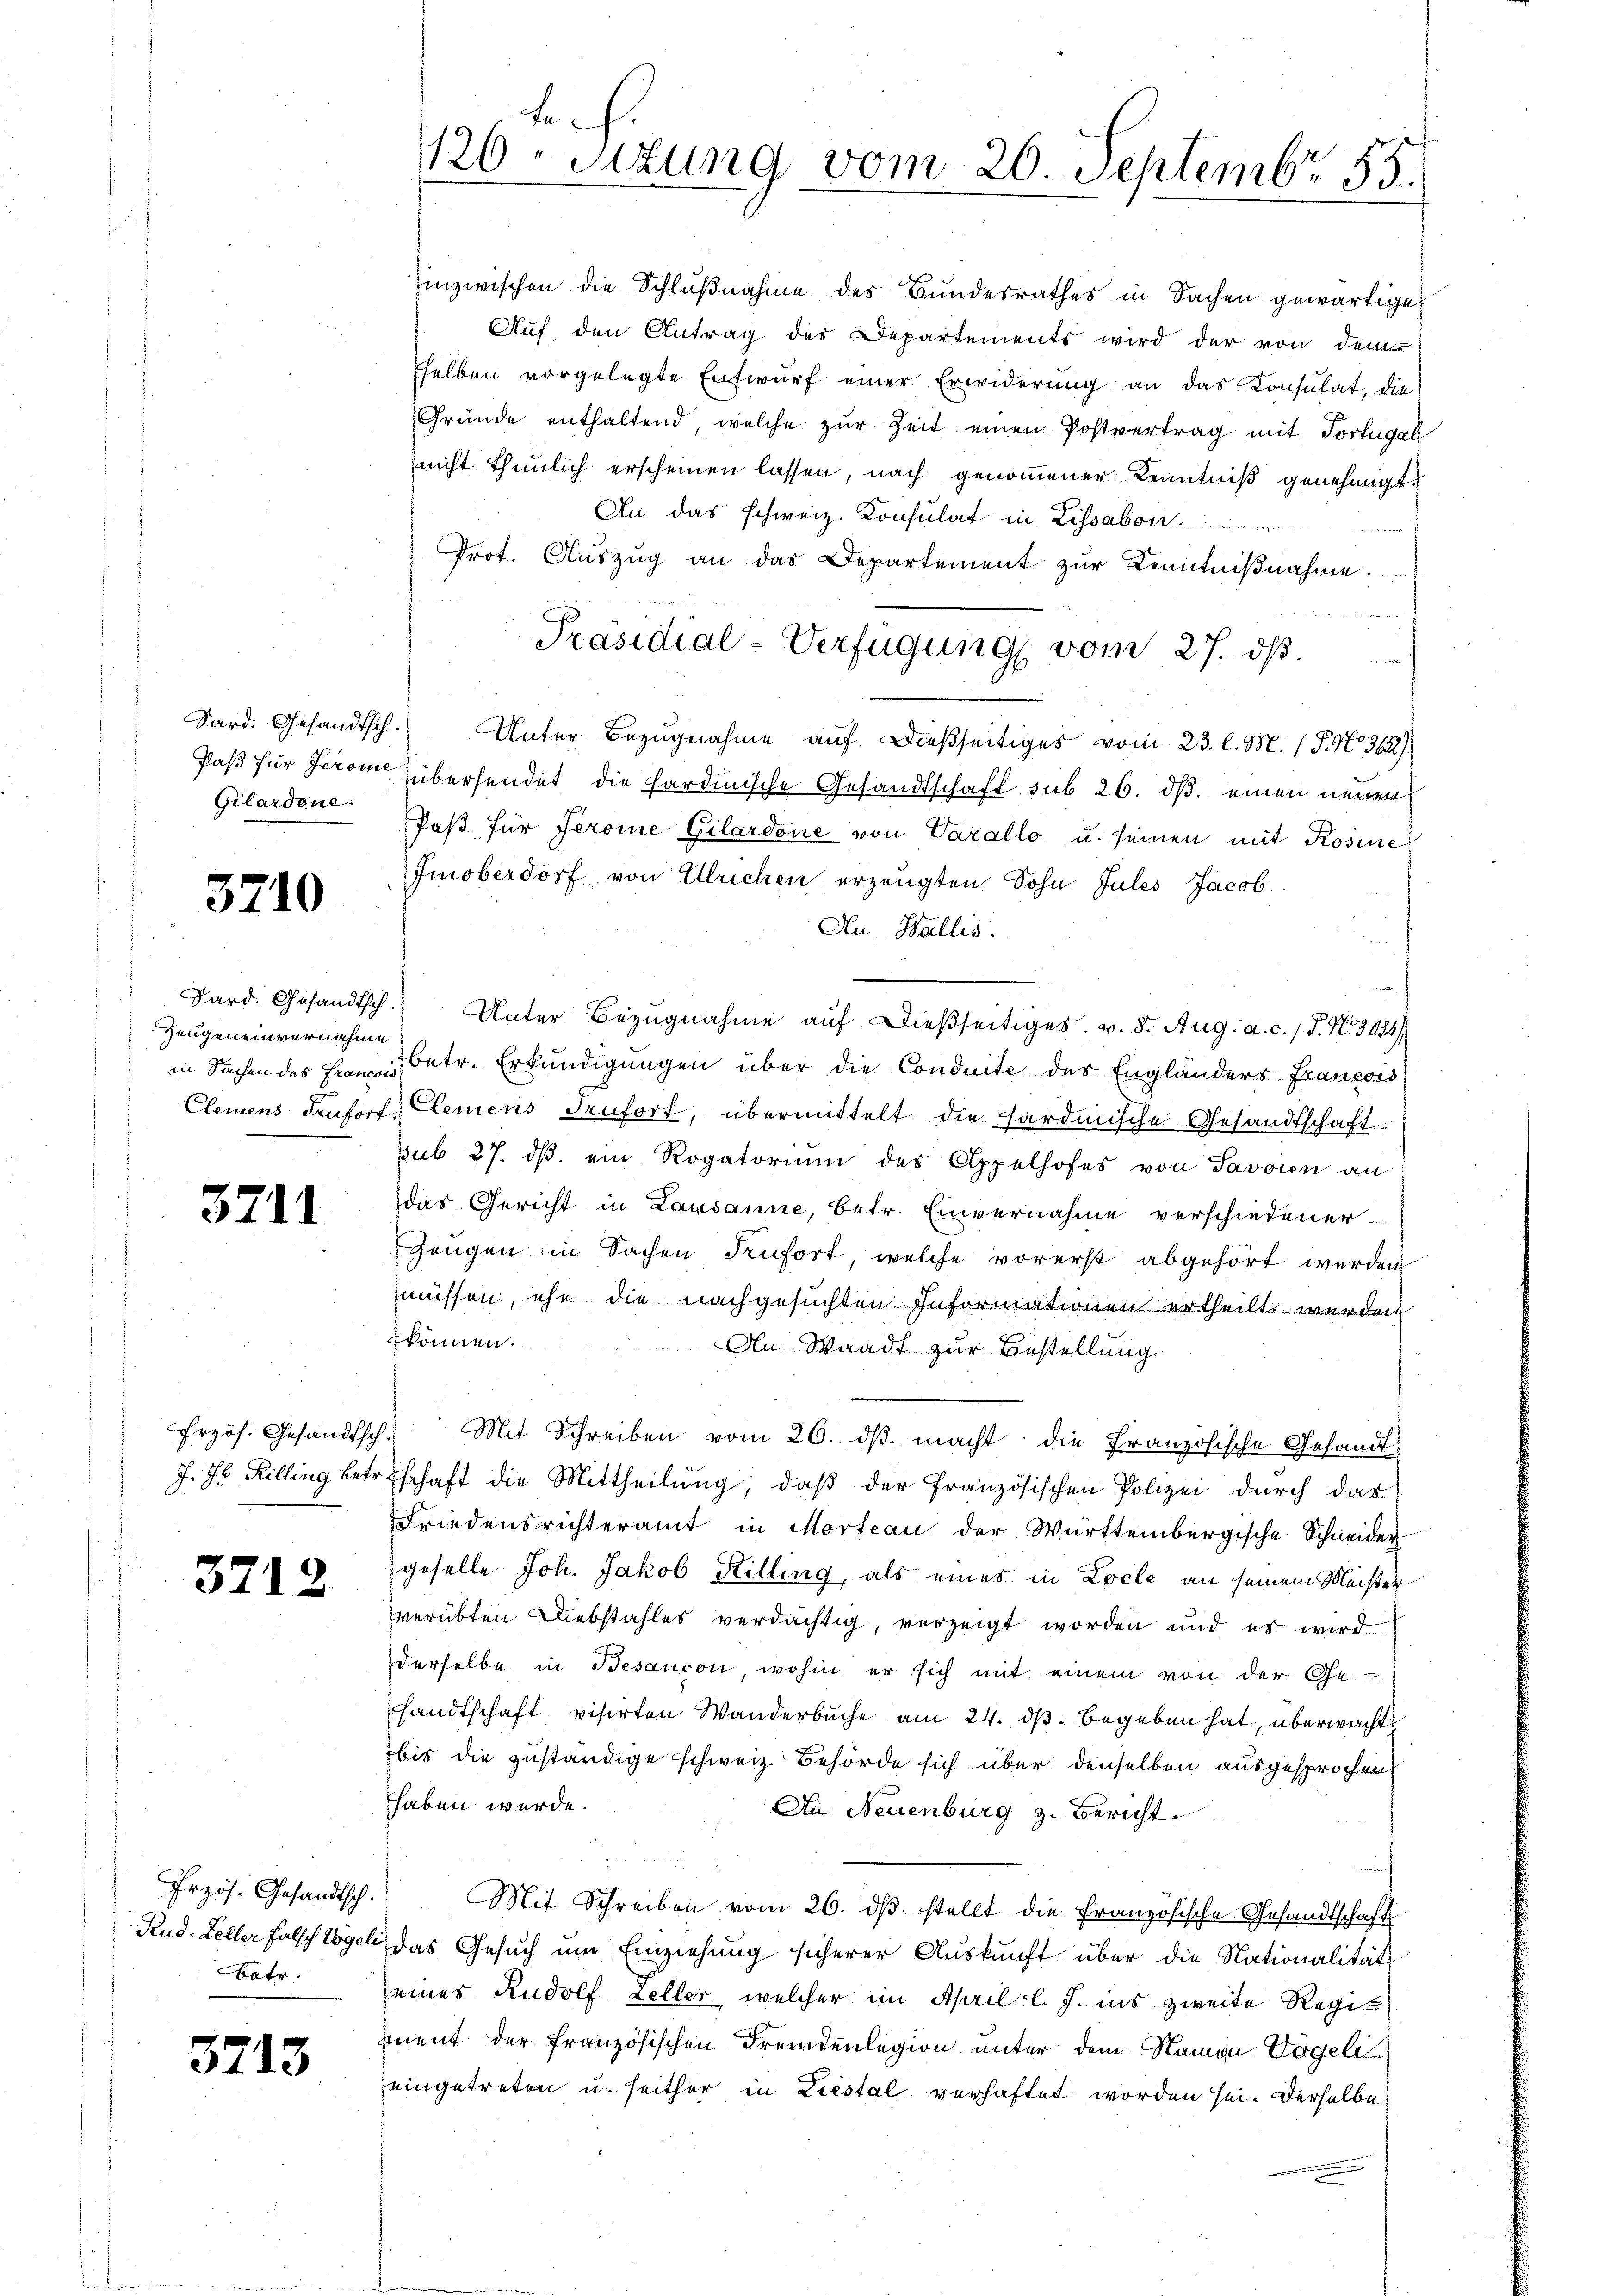
Gilardone:

3710

Zeugeneinvernahme

3711

3712

Przös. Gesandtsch
Batr.

3713

inzwischen die Schlußnahme des Bundesrathes in Sachen gewärtige
Auf den Antrag des Departements wird der von dem
sselben vorgelegte Entwurf einer Erwiderung an das Konsulat, die
Gründe enthaltend, welche zur Zeit einen Postvertrag mit Portugal
nicht thunlich erscheinen lassen, nach genommener Kenntniß genehmigt.
An das schweiz. Konsulat in Lissabon
Prot. Aŭszŭg an das Departement zŭr Kenntniβnahme.
Sard. Gesandtsch. Unter Bezugnahme auf dießseitiges vom 23. l. M. (T. No. 362)
Paß für Jerom übersendet die sardinische Gesandtschaft sub 26. ds. einen neuen
Paβ für Jeroine Gilardone von Varallo u. seinen mit Rosine
Imoberdorf von Ulrichen erzeugten Sohn Jules Jacob.
Au, Wallis.
Dard. Gesandtsch. Unter Bezugnahme auf dießseitiges. v. 8. Aug. a. c. 1 P. N. 3024/
in Sachen des Frau betr. Erkundigungen über die Conduite des Engländers Francois
Clemens Trufort Clemens Teufort, übermittelt die sardinische Gesandtschaft
sub 27. dβ ein Rogatorium des Appelhofes von Savoien an
das Gericht in Lausanne, betr. Einvernahme verschiedener
Zeugen in Sachen Trufort, welche vorerst abgehört werden
müssen, ihn die nachgesuchten Informationen ertheilt werden
können.
An Waadt zur Bestellung
frzös. Gesandtsch. Mit Schreiben vom 26. dβ macht die französische Gesandt
J. H. Rilling Bertschaft die Mittheilung, daß der französischen Polizei durch das
Friedensrichteramt in Morteau der Württembergische Schneider
geselle Joh. Jakob Killing, als eines in Locle an seinem Meister
zverübten Diebstahles verdächtig, verzeigt worden und es wird
derselbe in Besançon, wohin er sich mit einem von der Ge-
sandtschaft visirten Wanderbuche am 24. dβ begeben hat, überwacht
bis die zuständige schweiz. Behörde sich über denselben ausgesprochen
haben werde.
An Neuenburg z. Bericht
Mit Schreiben vom 26. dβ. stellt die Französische Gesandtschaft
Rud. Keller Falsch Vogel, das Gesuch um Einziehung sicherer Auskunft über die Nationalität
eines Rudolf Zeller, welcher im April l. J. ins zweite Regiment der französischen Fremdenlegion unter dem Namen Vögeli
eingetreten u. seither in Liestal verhaftet worden sei. Derselbe

Le¬
126. Situng vom 20. Septembr. 155.

Präsidial-Verfügung vom 27. ds.